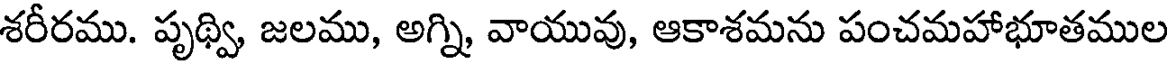
శరీరము. పృథ్వి, జలము, అగ్ని, వాయువు, ఆకాశమను పంచమహాభూతముల